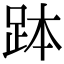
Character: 𧿾